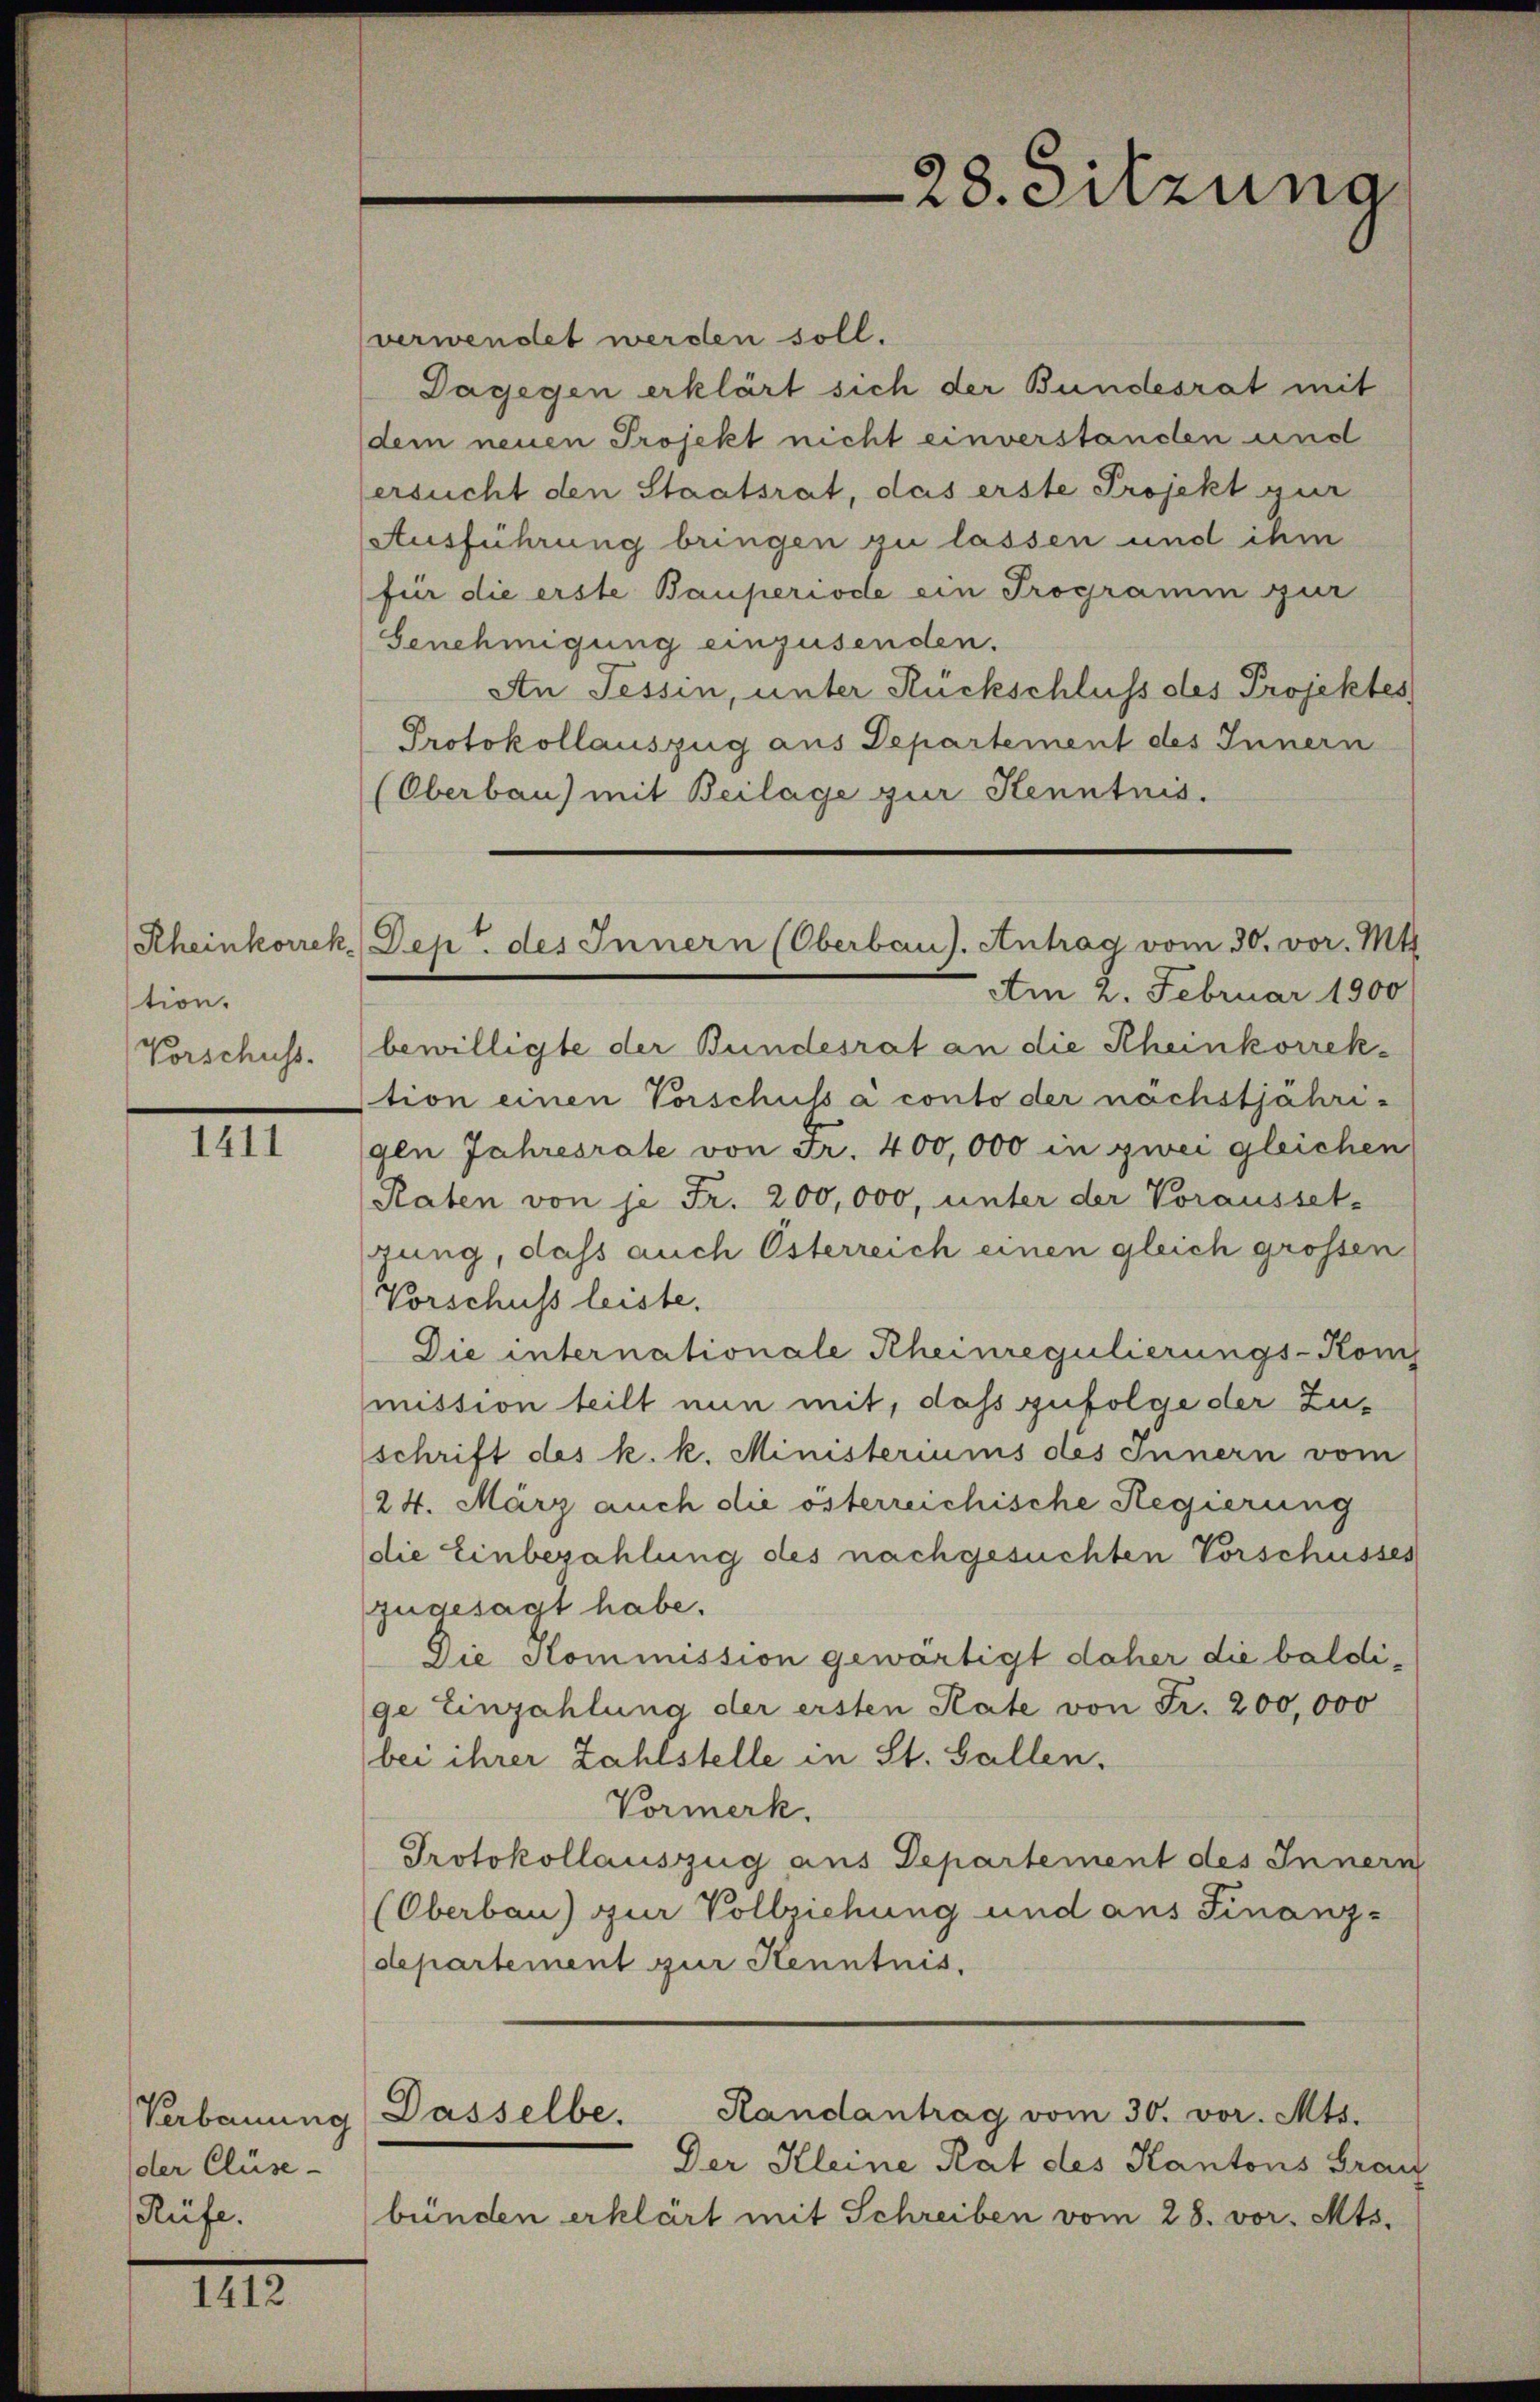
tion.
Vorschuss.

1411

verwendet werden soll.
Dagegen erklärt sich der Bundesrat mit
dem neuen Projekt nicht einverstanden und
ersucht den Staatsrat, das erste Projekt zur
Ausführung bringen zu lassen und ihm
für die erste Bauperiode ein Programm zur
Genehmigung einzusenden.
An Tessin, unter Rückschluss des Projektes
Protokollauszug aus Departement des Innern
(Oberbau) mit Beilage zur Kenntnis.

Verbauung
der Cluse-
Rüfe.

.

28. Sitzung

Rheinkorrek. Dep. des Innern (Oberbaus. Antrag vom 30. vor. Mtt.

Am 2. Februar 1900
bewilligte der Bundesrat an die Rheinkorrektion einen Vorschuss à conto der nächstjährigen Jahresrate von Fr. 400,000 in zwei gleichen
Raten von je Fr. 200,000, unter der Vorausset-
zung, daß auch Österreich einen gleich grossen
Vorschuss leiste.
Die internationale Rheinregulierungs-Komis
mission teilt nun mit, daß zufolge der Zuschrift des k. k. Ministeriums des Innern vom
24. März auch die österreichische Regierung
die Einbezahlung des nachgesuchten Vorschusses
zugesagt habe.
Die Kommission gewärtigt daher die baldige Einzahlung der ersten Rate von Fr. 200,000
bei ihrer Zahlstelle in St. Gallen.
Vormerk
Protokollauszug aus Departement des Innern
(Oberbau) zur Vollziehung und aus Finanz-
departement zur Kenntnis.

Randantrag vom 30. vor. Mts.
Dasselbe.

Der Kleine Rat des Kantons Grau
bünden erklärt mit Schreiben vom 28. vor. Mts.